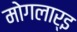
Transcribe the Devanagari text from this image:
मोगलार्इ